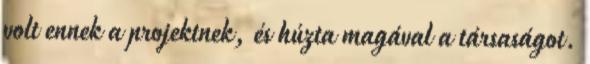
volt ennek a projektnek, és húzta magával a társaságot.